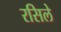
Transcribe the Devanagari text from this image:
रसिले